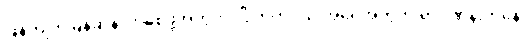
ဖြန့်ကျက်မြန်ဆန်လာစေဖို့အတွက် ဂြိုဟ်တုငယ် အရေအတွက် ရာဂဏန်းကနေ